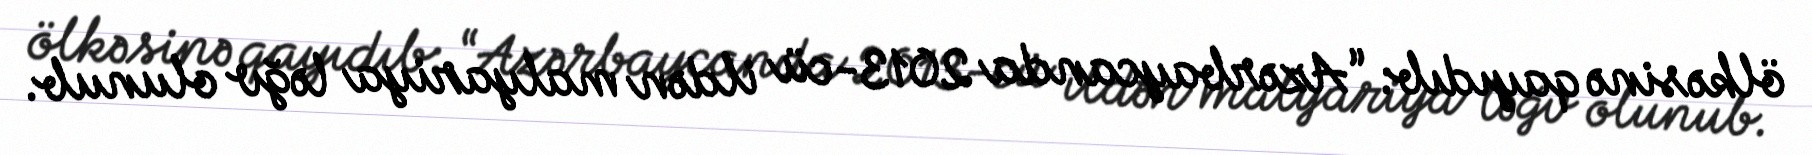
ölkəsinə qayıdıb: “Azərbaycanda 2013-cü ildən malyariya ləğv olunub.